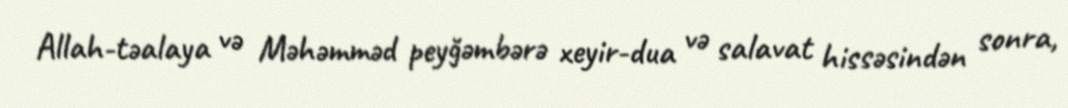
Allah-təalaya və Məhəmməd peyğəmbərə xeyir-dua və salavat hissəsindən sonra,